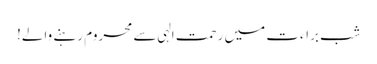
شبِ براءت میں رحمتِ الہی سے محروم رہنے والے!